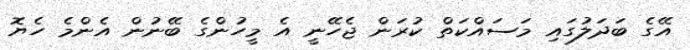
އޭގެ ބަަދަލުގައި މަސައްކަތް ކުރަން ޖެހޭނީ އެ މީހުންގެ ބޭނުން އެންމެ ހެޔޮ